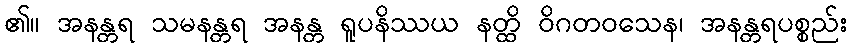
၏။ အနန္တရ သမနန္တရ အနန္တ ရူပနိဿယ နတ္ထိ ဝိဂတဝသေန၊ အနန္တရပစ္စည်း